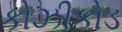
કોઝીકોડ